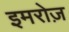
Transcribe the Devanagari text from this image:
इमरोज़